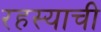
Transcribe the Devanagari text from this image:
रहस्याची